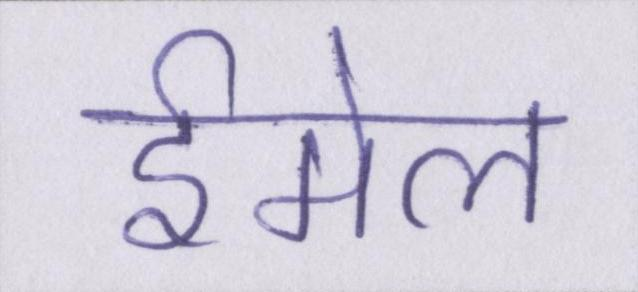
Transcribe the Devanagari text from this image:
ईमेल